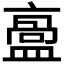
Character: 𥂡